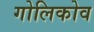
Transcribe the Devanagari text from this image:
गोलिकोव